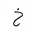
Letter: _kha